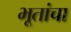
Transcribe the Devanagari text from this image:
भूतांचा